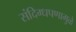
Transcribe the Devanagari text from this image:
संदिग्धपणामुळे